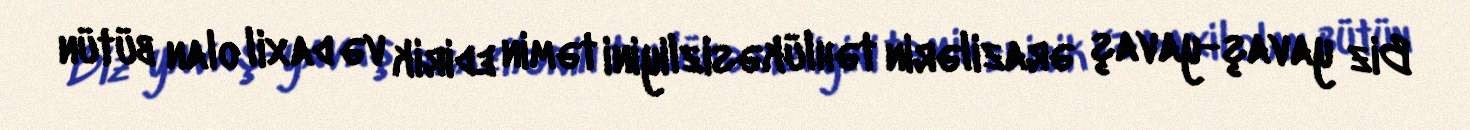
Biz yavaş-yavaş ərazilərin təhlükəsizliyini təmin edirik və daxil olan bütün